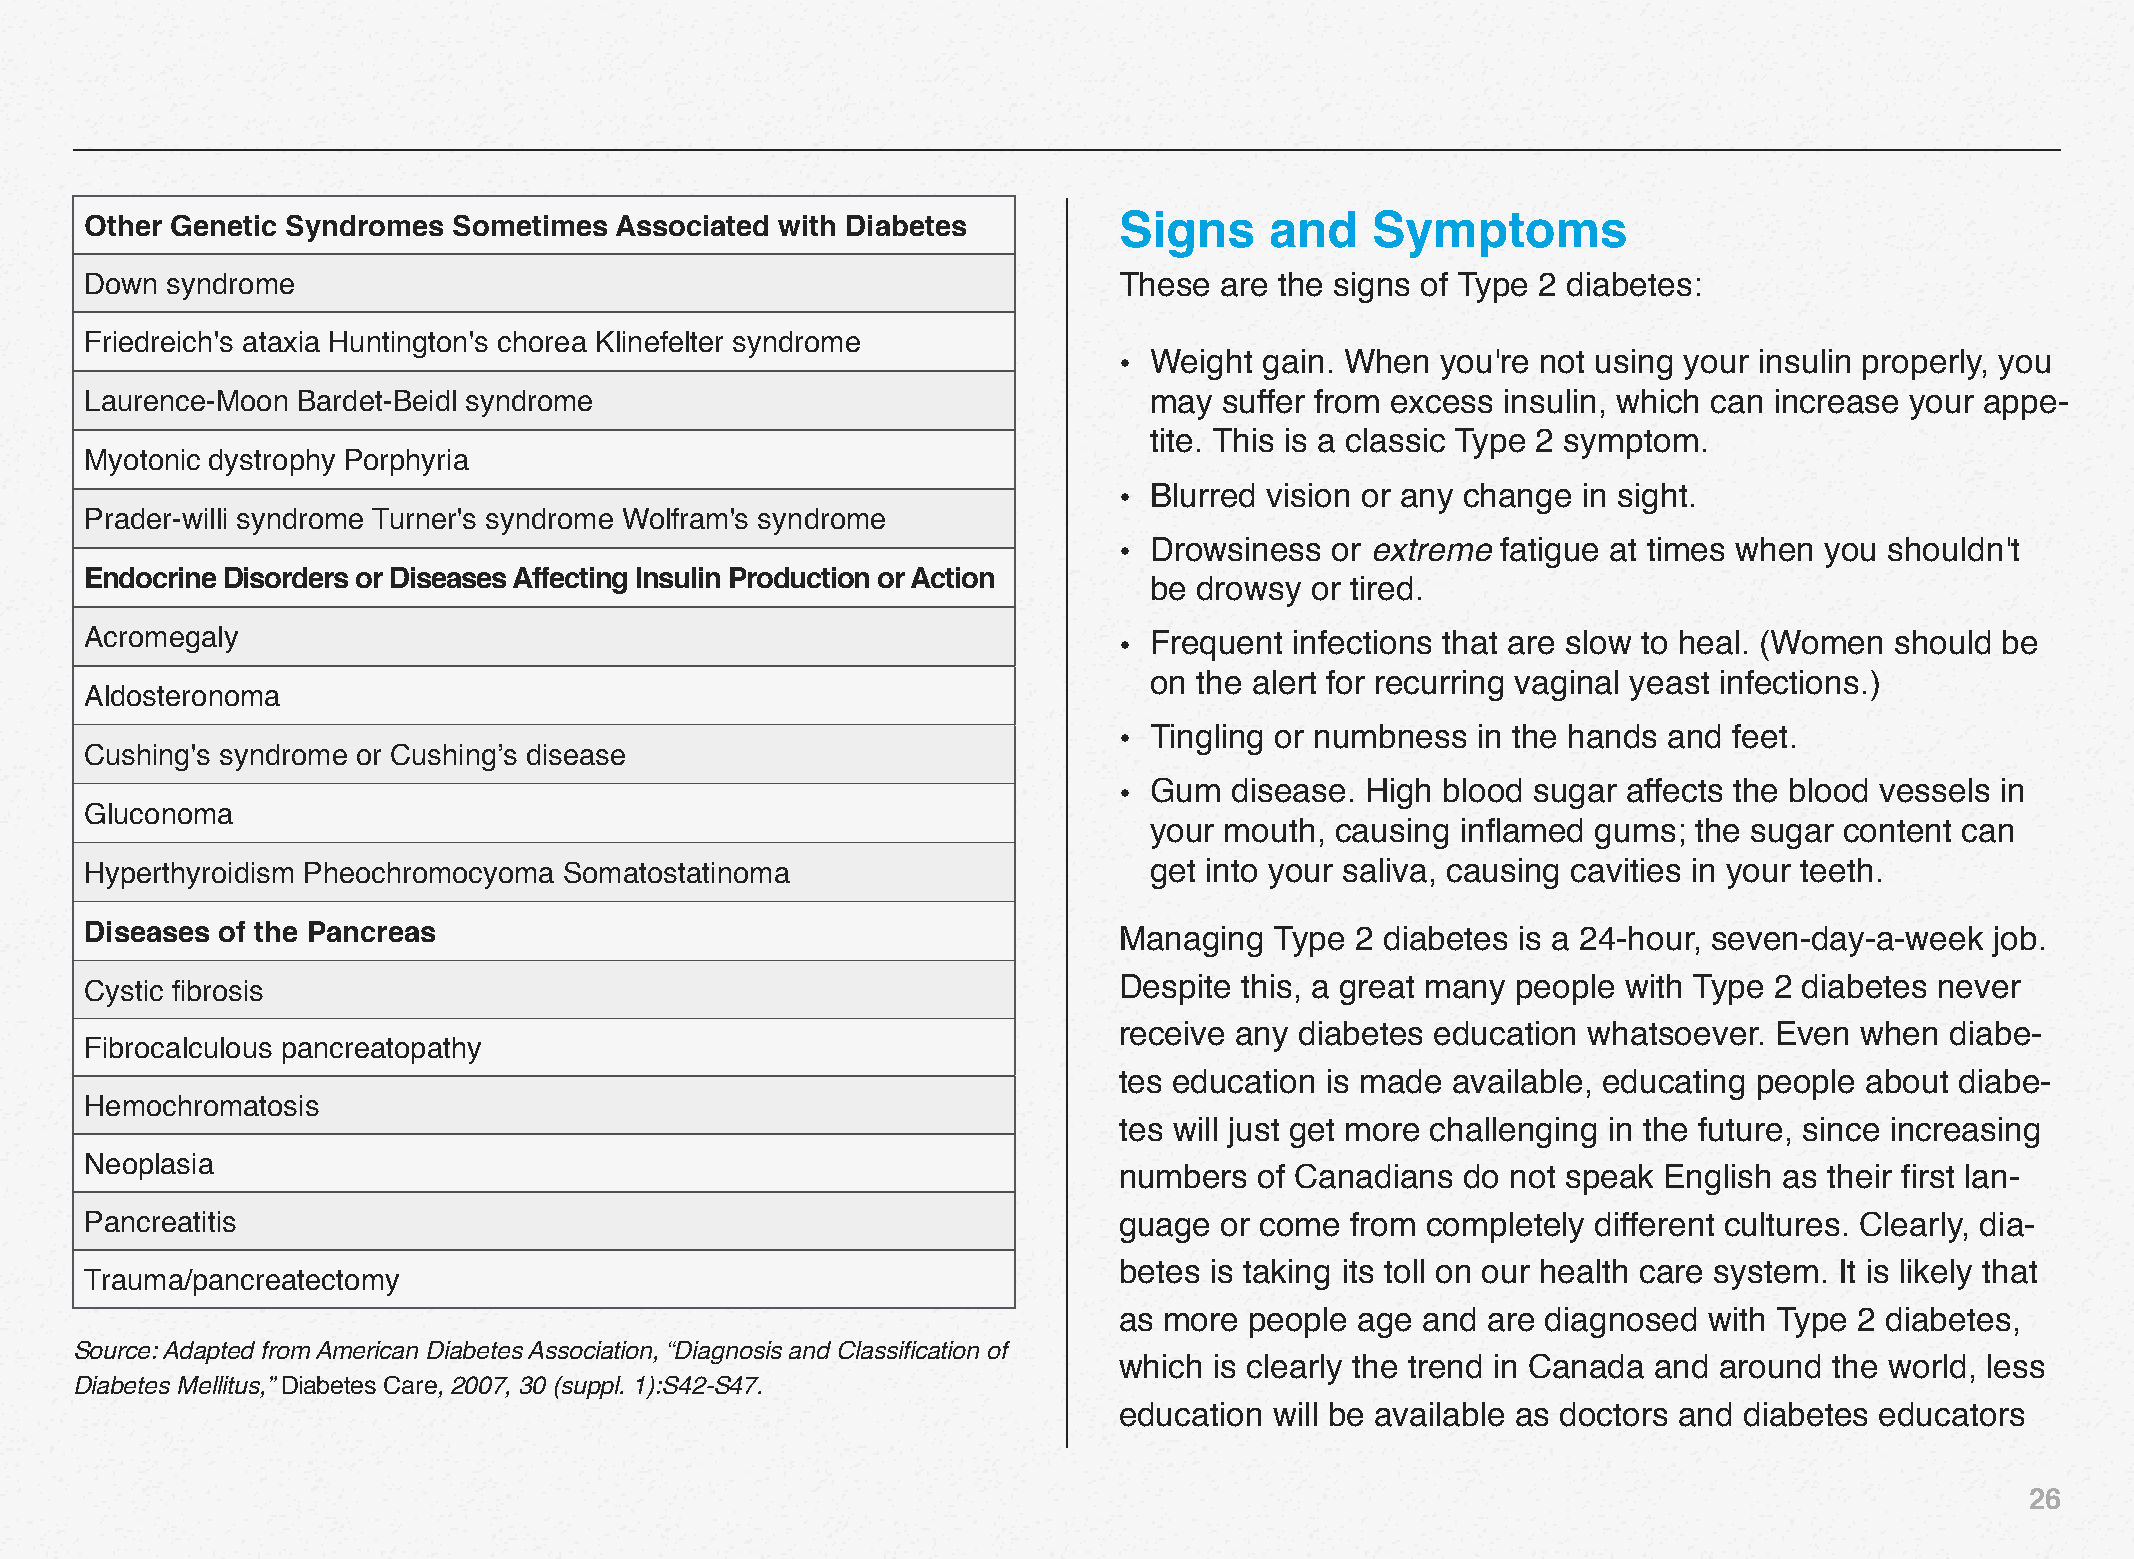
Other Genetic Syndromes Sometimes  Associated with Diabetes         Signs     and    Symptoms
 Down syndrome                                                       These  are the signs of Type 2 diabetes:
 Friedreich's ataxia Huntington's chorea Klinefelter syndrome
 • Weight  gain. When you're not using your insulin properly, you
 Laurence-Moon Bardet-Beidl syndrome                                   may  suffer from excess insulin, which can increase your appe-
 tite. This is a classic Type 2 symptom.
 Myotonic dystrophy Porphyria
 • Blurred vision or any change in sight.
 Prader-willi syndrome Turner's syndrome Wolfram's syndrome
 • Drowsiness  or extreme fatigue at times when you shouldn't
 Endocrine Disorders or Diseases Affecting Insulin Production or Action
 be drowsy  or tired.
 Acromegaly                                                          • Frequent  infections that are slow to heal. (Women should be
 on the alert for recurring vaginal yeast infections.)
 Aldosteronoma
 • Tingling or numbness  in the hands and feet.
 Cushing's syndrome or Cushing’s disease
 • Gum   disease. High blood sugar affects the blood vessels in
 Gluconoma
 your mouth, causing  inflamed gums; the sugar content can
 Hyperthyroidism Pheochromocyoma Somatostatinoma                       get into your saliva, causing cavities in your teeth.
 Diseases of the Pancreas                                            Managing  Type  2 diabetes is a 24-hour, seven-day-a-week job.
 Cystic fibrosis                                                     Despite this, a great many people with Type 2 diabetes never
 receive any diabetes education whatsoever.  Even when  diabe-
 Fibrocalculous pancreatopathy
 tes education is made available, educating people about diabe-
 Hemochromatosis
 tes will just get more challenging in the future, since increasing
 Neoplasia
 numbers  of Canadians  do not speak English as their first lan-
 Pancreatitis                                                        guage  or come from completely  different cultures. Clearly, dia-
 betes is taking its toll on our health care system. It is likely that
 Trauma/pancreatectomy
 as more  people age and are diagnosed  with Type 2 diabetes,
 Source: Adapted from American Diabetes Association, “Diagnosis and Classification of
 which is clearly the trend in Canada and around the world, less
 Diabetes Mellitus,” Diabetes Care, 2007, 30 (suppl. 1):S42‒S47.
 education will be available as doctors and diabetes educators
 26